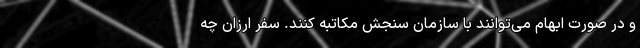
و در صورت ابهام می‌توانند با سازمان سنجش مکاتبه کنند. سفر ارزان چه